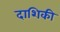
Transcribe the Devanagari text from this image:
दाशिकी